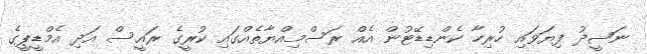
ނަޝީދު ފިޔަވައި ހުރިހާ ކެންޑިޑޭޓުން އެއް ރަސްމިއްޔާތެއްގައި ކުރީގެ ރައީސް އަދި އެމްޑީޕީގެ